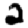
Digit: 2